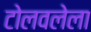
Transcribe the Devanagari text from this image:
टोलवलेला